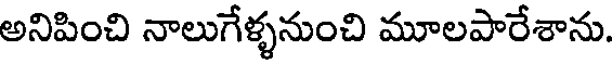
అనిపించి నాలుగేళ్ళనుంచి మూలపారేశాను.